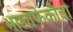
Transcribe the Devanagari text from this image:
भालाफेकीचा